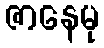
ဇာနေမု